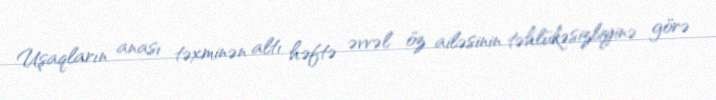
Uşaqların anası təxminən altı həftə əvvəl öz ailəsinin təhlükəsizliyinə görə